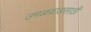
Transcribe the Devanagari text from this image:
उमळवाडसाठी